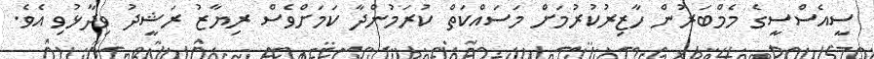
ސީއެސްސީގެ މެމްބަރުން ހާޒިރުކުރުމަށް މަސައްކަތް ކުރަމުންދާ ކަމަށްވެސް ރިޔާޒު ރަޝީދު ވިދާޅުވި އެވެ.